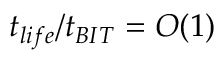
t _ { l i f e } / t _ { B I T } = O ( 1 )